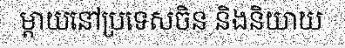
ម្តាយនៅប្រទេសចិន និងនិយាយ